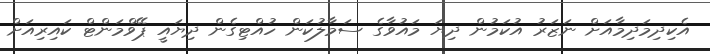
އެކިދިމަދިމާއަށް ނަޒަރު އުކަމުން ދިޔަ މައުވާގެ ސަމާލުކަން ހުއްޓިގެން ދިޔައީ ޕޭވްމަންޓް ކައިރިއަށް